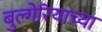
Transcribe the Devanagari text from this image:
बुल्गेरियाच्या